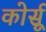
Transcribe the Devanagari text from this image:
कोर्सू